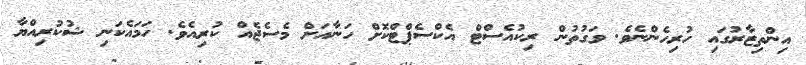
އިންތިޒާރުގައި ހުރިހެންނެވެ. ވަގުތުން ރިކުއެސްޓް އެކްސެޕްޓްކޮށް ހަނާއަށް މެސެޖެއް ކުރިއެވެ. ހަމައެކަނި ޝުކުރިއްޔާ